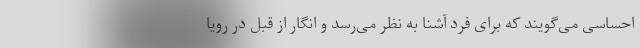
احساسی می‌گویند که برای فرد آشنا به نظر می‌رسد و انگار از قبل در رویا